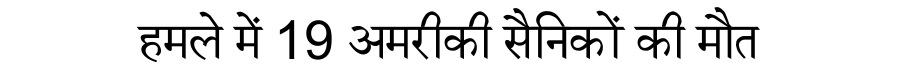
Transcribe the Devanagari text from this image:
हमले में 19 अमरीकी सैनिकों की मौत